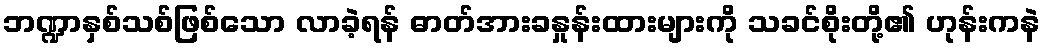
ဘဏ္ဍာနှစ်သစ်ဖြစ်သော လာခဲ့ရန် ဓာတ်အားခနှုန်းထားများကို သခင်စိုးတို့၏ ဟုန်းကနဲ